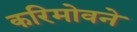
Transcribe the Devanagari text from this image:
करिमोवने